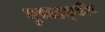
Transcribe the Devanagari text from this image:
मुस्तहक़्क़ीन